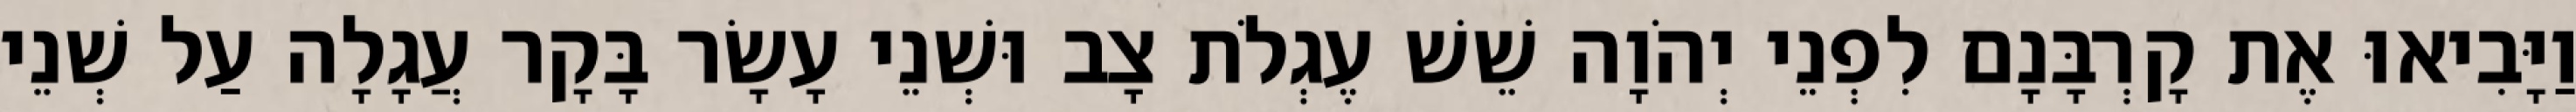
וַיָּבִיאוּ אֶת קָרְבָּנָם לִפְנֵי יְהֹוָה שֵׁשׁ עֶגְלֹת צָב וּשְׁנֵי עָשָׂר בָּקָר עֲגָלָה עַל שְׁנֵי